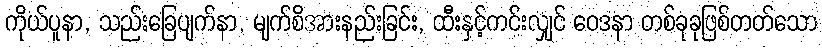
ကိုယ်ပူနာ, သည်းခြေပျက်နာ, မျက်စိအားနည်းခြင်း, ထီးနှင့်ကင်းလျှင် ဝေဒနာ တစ်ခုခုဖြစ်တတ်သော